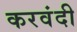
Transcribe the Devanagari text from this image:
करवंदी